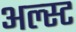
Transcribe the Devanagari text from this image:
अल्स्ट